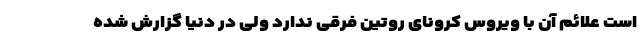
است علائم آن با ویروس کرونای روتین فرقی ندارد ولی در دنیا گزارش شده